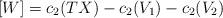
LaTeX: \begin{align*}[W]=c_{2}(TX)-c_{2}(V_{1})-c_{2}(V_{2})\end{align*}